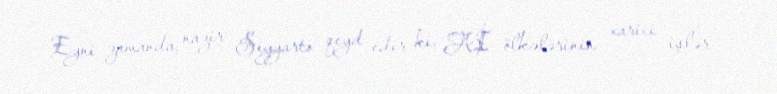
Eyni zamanda, nazir Siyyarto qeyd edir ki, Aİ ölkələrinin xarici işlər